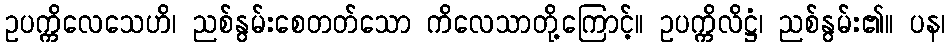
ဥပက္ကိလေသေဟိ၊ ညစ်နွမ်းစေတတ်သော ကိလေသာတို့ကြောင့်။ ဥပက္ကိလိဋ္ဌံ၊ ညစ်နွမ်း၏။ ပန၊